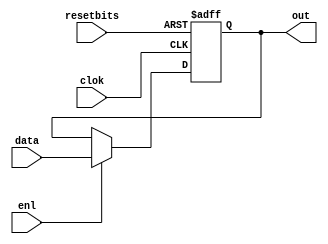
`timescale 1ns / 1ps
//////////////////////////////////////////////////////////////////////////////////
// Company: 
// Engineer: 
// 
// Design Name: 
// Module Name: registerA
// Project Name: 
// Target Devices: 
// Tool Versions: 
// Description: 
// 
// Dependencies: 
// 
// Revision:
// Revision 0.01 - File Created
// Additional Comments:
// 
//////////////////////////////////////////////////////////////////////////////////


module registerd (input clok, input resetbits, input enl, input[3:0]data, output reg [3:0] out);
    always@(posedge clok, posedge resetbits)
        if(resetbits) out <= 4'b0;
        else if (enl)    out <=data; 
        else out <= out;
endmodule